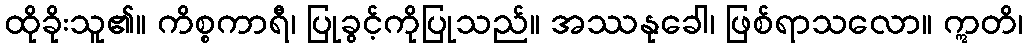
ထိုခိုးသူ၏။ ကိစ္စကာရီ၊ ပြုခွင့်ကိုပြုသည်။ အဿနုခေါ၊ ဖြစ်ရာသလော။ ဣတိ၊